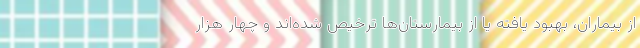
از بیماران، بهبود یافته یا از بیمارستان‌ها ترخیص شده‌اند و چهار هزار